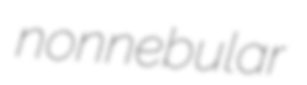
nonnebular